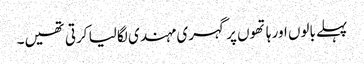
پہلے بالوں اور ہاتھوں پر گہری مہندی لگا لیا کرتی تھیں۔